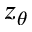
z _ { \theta }